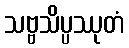
သဗ္ဗသိပ္ပဿုတံ